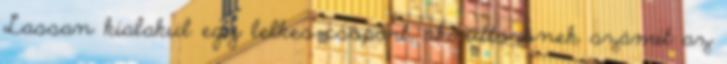
Lassan kialakul egy lelkes csoport, aki úttörőnek számít az